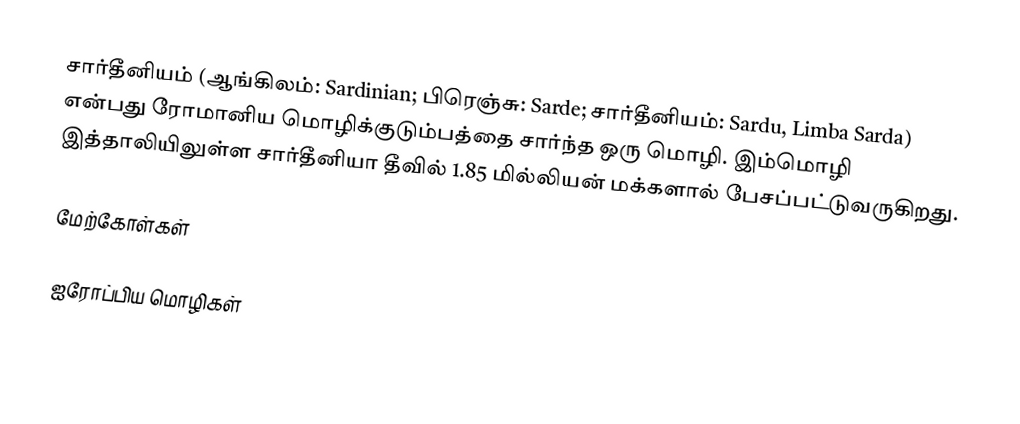
சார்தீனியம் (ஆங்கிலம்: Sardinian; பிரெஞ்சு: Sarde; சார்தீனியம்: Sardu, Limba Sarda) என்பது ரோமானிய மொழிக்குடும்பத்தை சார்ந்த ஒரு மொழி. இம்மொழி இத்தாலியிலுள்ள சார்தீனியா தீவில் 1.85 மில்லியன் மக்களால் பேசப்பட்டுவருகிறது.

மேற்கோள்கள்

ஐரோப்பிய மொழிகள்